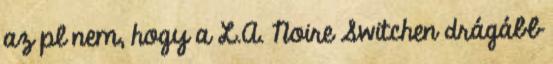
az pl nem, hogy a L.A. Noire Switchen drágább